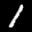
Label: 1